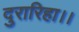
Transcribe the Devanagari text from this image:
दुरारिहा।।